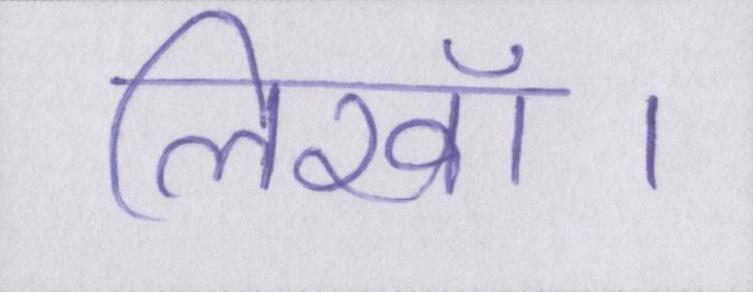
लिखॉ।